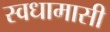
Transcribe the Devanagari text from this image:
स्वधामासी